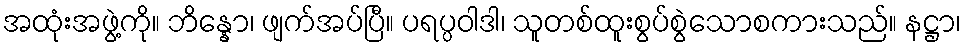
အထုံးအဖွဲ့ကို။ ဘိန္နော၊ ဖျက်အပ်ပြီ။ ပရပ္ပဝါဒါ၊ သူတစ်ထူးစွပ်စွဲသောစကားသည်။ နဋ္ဌာ၊